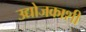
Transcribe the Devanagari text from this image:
उद्योजकाशी